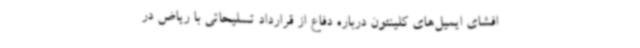
افشای ایمیل‌های کلینتون درباره دفاع از قرارداد تسلیحاتی با ریاض در